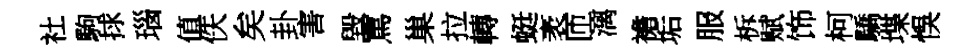
社駒捄瑙值佚矣卦害毀罵巢拉轉蜓袤匝漓襜垢服柝赋饰柯驕堞悞